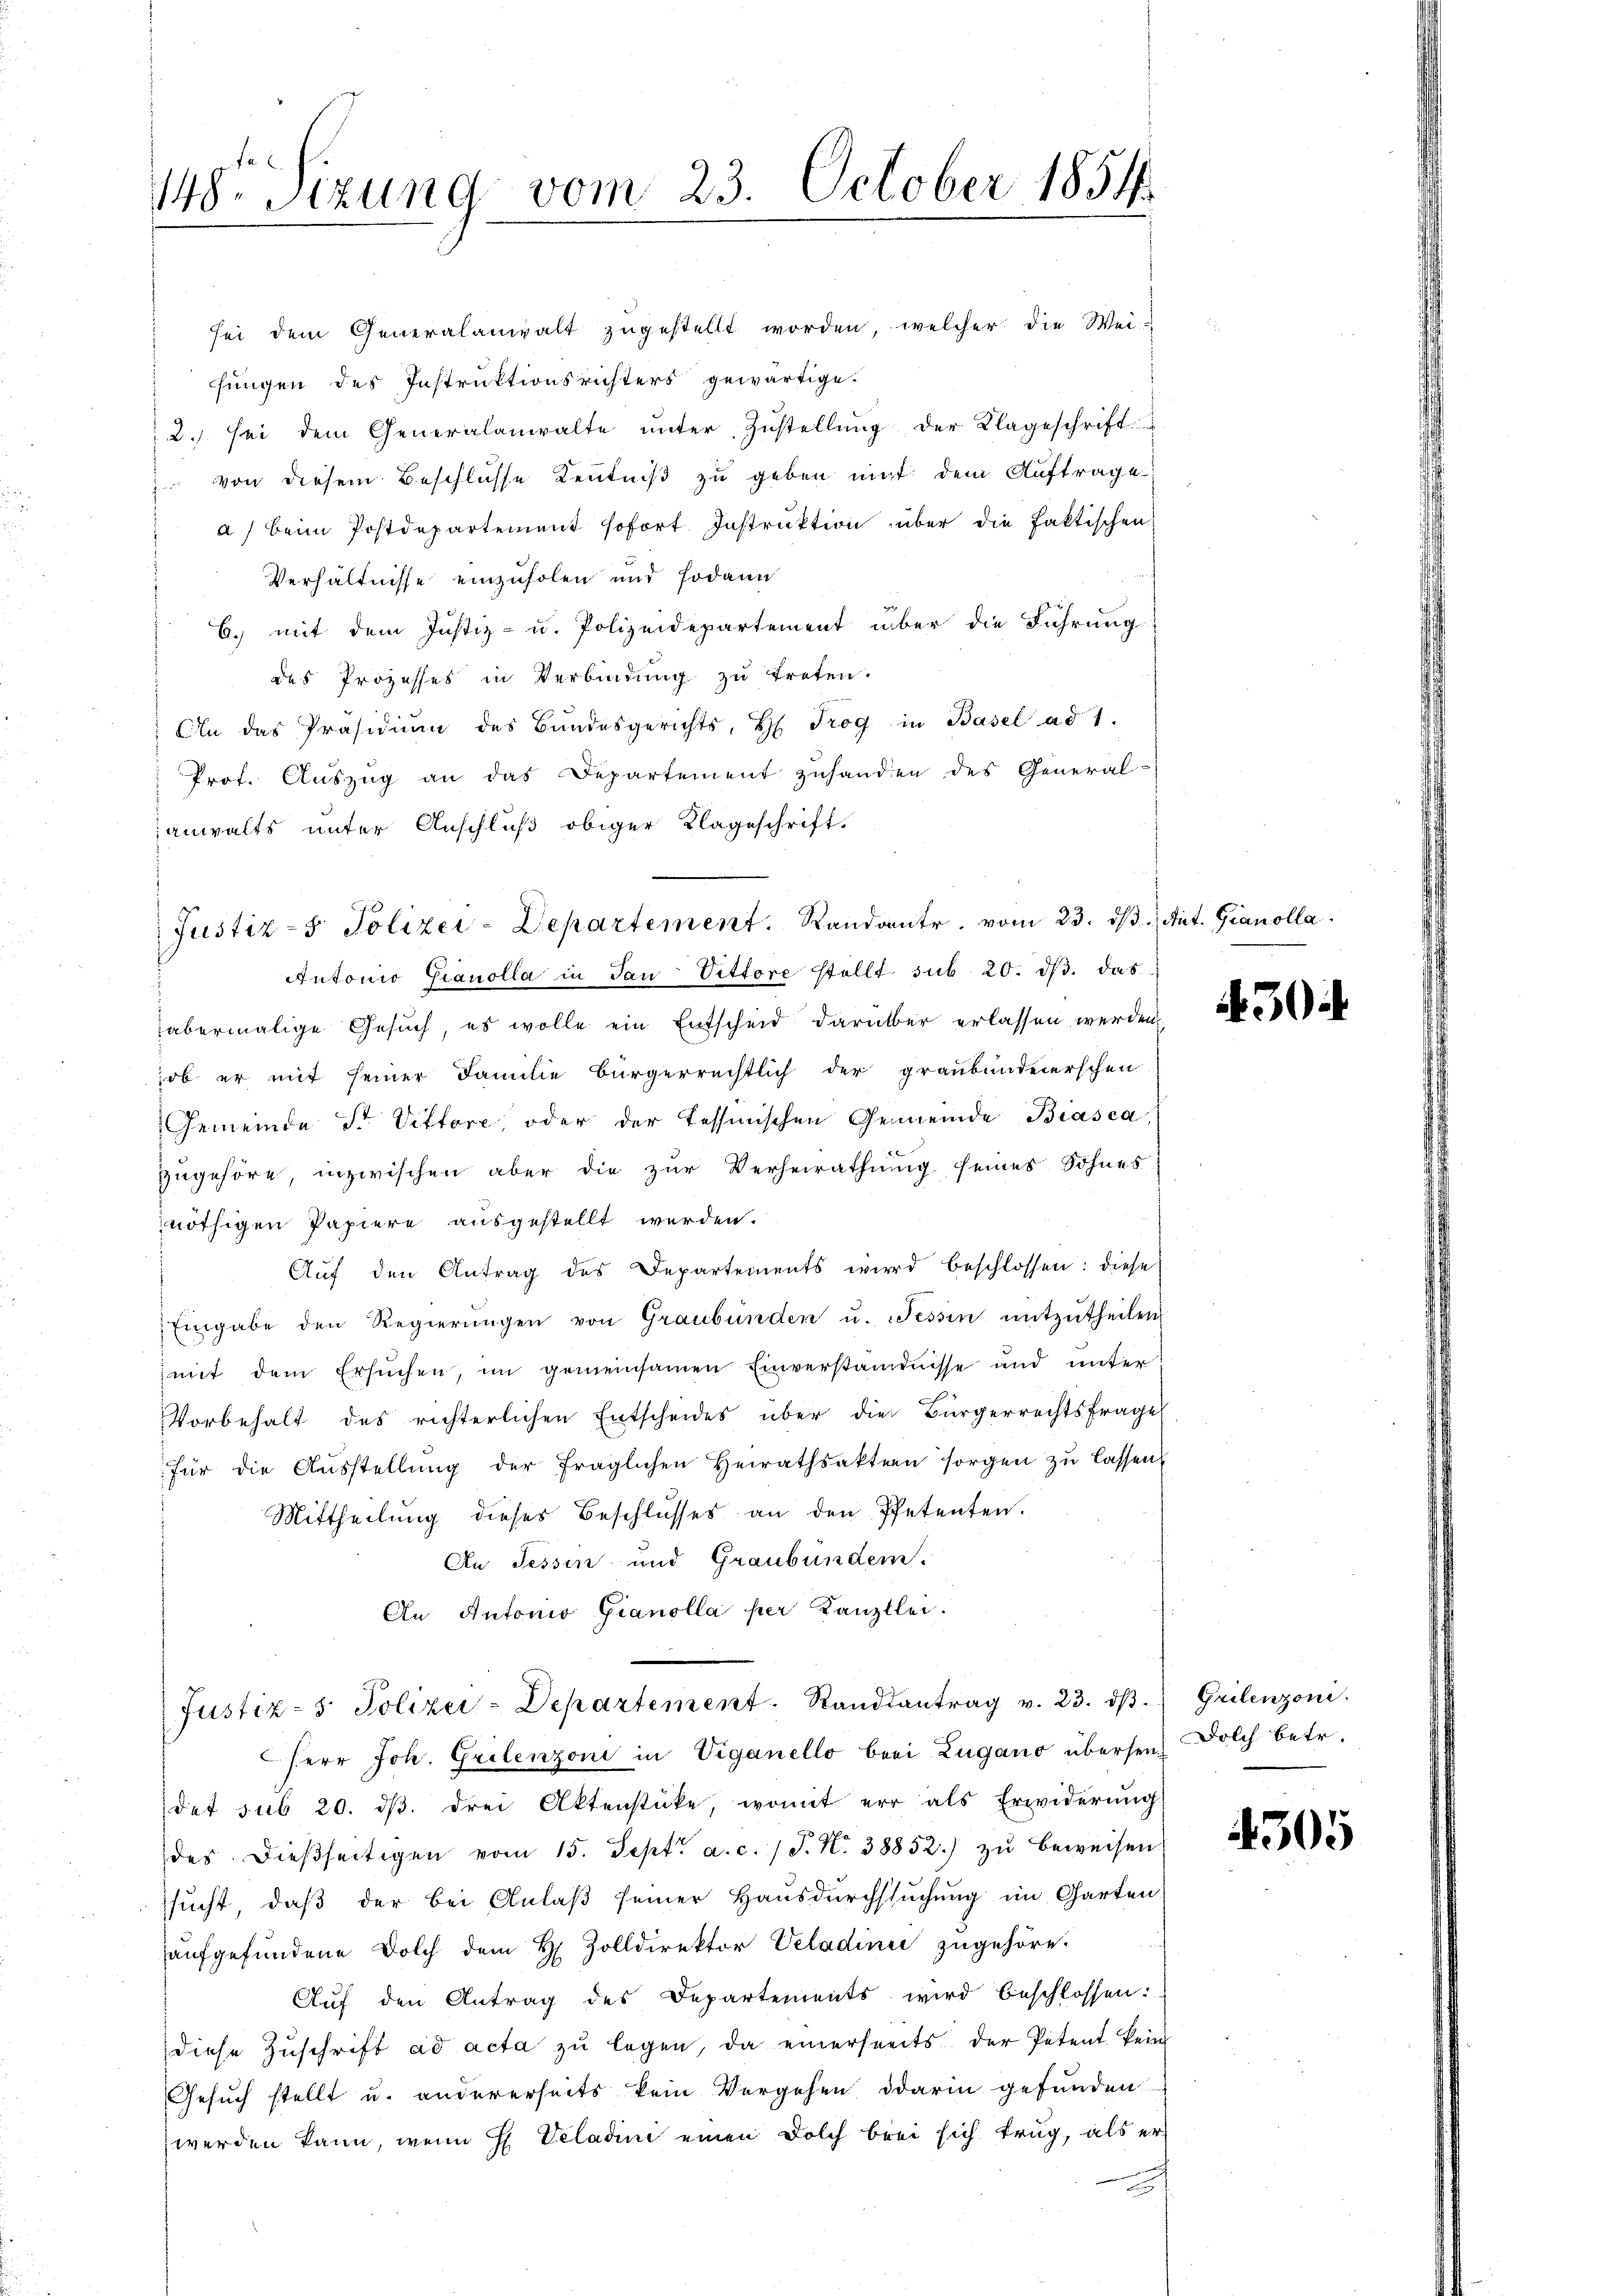
148. Sizung vom 23. October 1854

Justiz- & Polizei-Departement. Randante, vom 23. dβ.  Ant. Gianolla

sei dem Generalanwalt zŭgestellt worden, welcher die Wei-
fungen des Instruktionsrichters gewärtige.
2. sei dem Generalanwalte ŭnter Zustellŭng der Klageschrift u
 von diesem Beschlüsse Kentniß zu geben mit dem Auftrage
a) beim Postdepartement sofort Instruktion über die faktischen
Verhältnisse einzuholen und sodann
6. mit dem Justiz- u. Polizeidepartement über die Führung
des Prozesses in Verbindung zu treten.
An das Präsidiŭm des Bundesgerichts, H. Trog in Basel ad 1.
Prof. Auszug an das Departement zuhanden des General-
anwalts unter Anschluß obiger Klageschrift.
Antonio Gianolla in Jan Vittore stellt sub 20. dβ. das
abermalige Gesuch, es wolle ein Entscheid darüber erlassen werden.
ob er mit seiner Familie bürgerrechtlich der graubündenerschen
Gemeinde Str. Vittore, oder der Tessinischen Gemeinde Biasca,
zugehöre, inzwischen aber die zur Verheirathung seines Sohnes
nöthigen Papiere ausgestellt werden.
Aŭf den Antrag des Departements wird beschlossen: diese
Eingabe den Regierŭngen von Graubünden u. Tessin mitzŭtheilen
mit dem Ersuchen, im gemeinsamen Einverständnisse und unter
Vorbehalt des richterlichen Entscheides über die Bürgerrechtsfrage
für die Aŭsstellŭng der fraglichen Heirathsaktern sorgen zŭ lassen.
Mittheilung dieses Beschlusses an den Petenten.
An Tessin und Graubünden.
An Antonio Gianolla per Kanzlei.
Justiz- & Polizei-Departement. Standsantrag v. 23. dβ. Grilenzoni.
Herr Joh. Grilenzoni in Viganello bei Zugano übersen Dolch betr.
det sub 20. dβ. drei Aktenstücke, womit er als Erwiderung
des dieβseitigen vom 15. Sept. a. c. 1 S. Nr. 38852.) zŭ beweisen
ssucht, daß der bei Anlaß seiner Hausdurchsuchung im Garten
aufgefundene Dolch dem H. Zolldirektor Veladinie zugehöre.
Auf den Antrag des Departements wird beschlossen:
diese Zuschrift ad acta zu legen, da einerseits der Petent kein
Gesuch stellt u. andererseits kein Vergehen darin gefunden
werden kann, wenn H Scladini einen Dolch brei sich trug, als er

30

4305